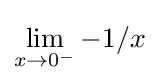
\lim _{x\to 0^{-}}{-1/x}